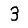
Digit: 3